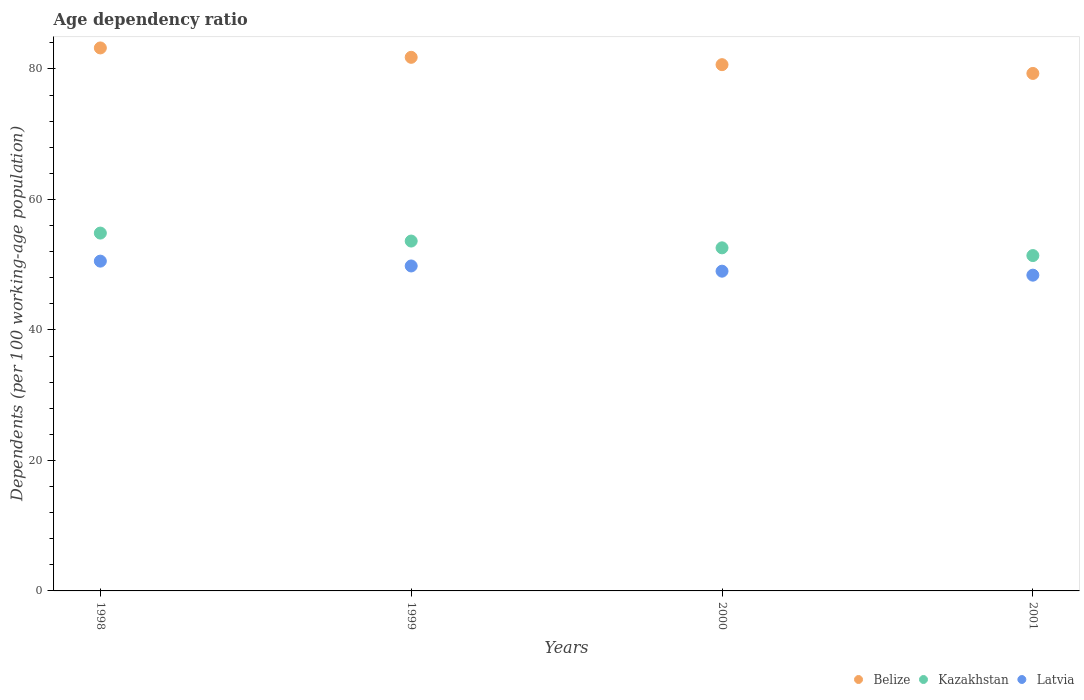
| Years | Belize | Kazakhstan | Latvia |
 | --- | --- | --- | --- |
 | 1998 | 83.2 | 54.8 | 50.6 |
 | 1999 | 81.8 | 53.6 | 49.8 |
 | 2000 | 80.7 | 52.6 | 49 |
 | 2001 | 79.3 | 51.4 | 48.4 |